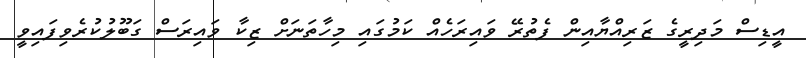
އީޑިސް މަދިރީގެ ޒަރިއްޔާއިން ފެތުރޭ ވައިރަހެއް ކަމުގައި މިހާތަނަށް ޒިކާ ވައިރަސް ގަބޫލުކުރެވިފައިވީ